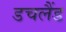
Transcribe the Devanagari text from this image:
डचलैंड